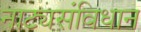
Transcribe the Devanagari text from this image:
नाट्यसंविधान